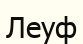
Леуф